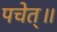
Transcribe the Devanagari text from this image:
पचेत्॥